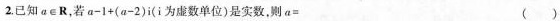
2.已知a\in R，若$$a - 1 + ( a - 2 ) i$$(i为虚数单位)是实数，则$$a =$$ ( )